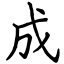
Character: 成